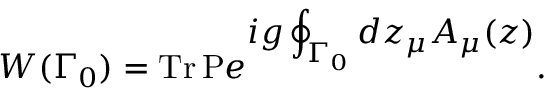
W ( \Gamma _ { 0 } ) = \mathrm { T r \, P } e ^ { \displaystyle i g \oint _ { \Gamma _ { 0 } } d z _ { \mu } A _ { \mu } ( z ) } .